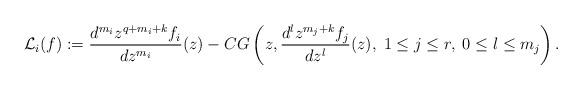
LaTeX: \begin{align*}{\mathcal L}_i(f):=\frac{d^{m_i}z^{q+m_i+k}f_{i}}{dz^{m_i}} (z) - CG\left(z,\frac{d^lz^{m_j+k}f_{j}}{dz^l}(z),\;1\leq j\leq r,\; 0\leq l\leq m_j\right). \end{align*}